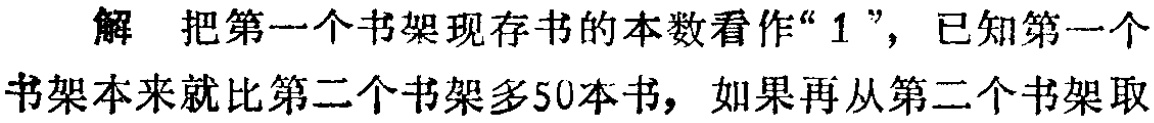
解 把第一个书架现存书的本数看作“$1$”，已知第一个书架本来就比第二个书架多50本书，如果再从第二个书架取